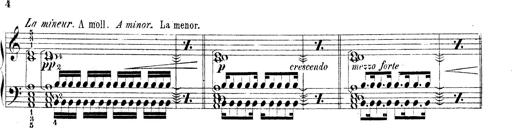
Title: Technische Studien
Composer: Franz Liszt